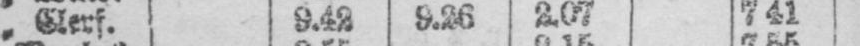
„ Clerf. 9.42 9.26 2.07 7.41